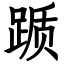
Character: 踬